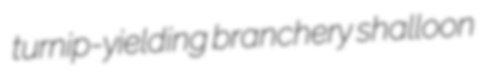
turnip-yielding branchery shalloon